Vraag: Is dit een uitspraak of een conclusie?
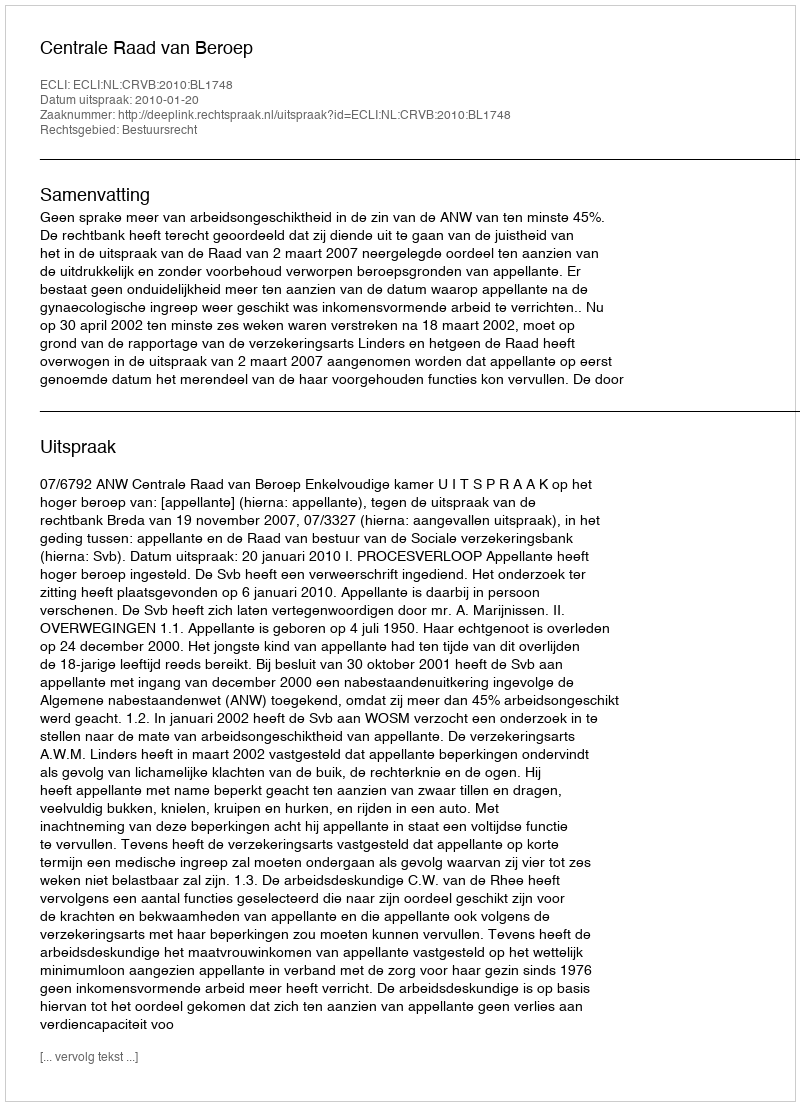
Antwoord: Uitspraak